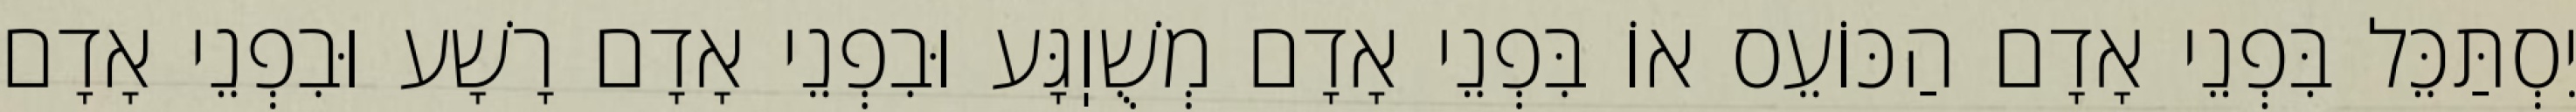
יִסְתַּכֵּל בִּפְנֵי אָדָם הַכּוֹעֵס אוֹ בִּפְנֵי אָדָם מְשֻׁוֽגָּע וּבִפְנֵי אָדָם רָשָׁע וּבִפְנֵי אָדָם